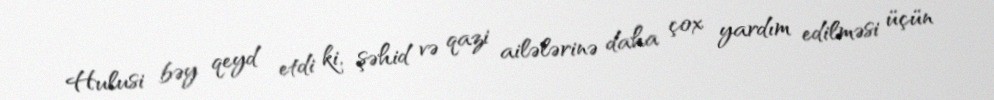
Hulusi bəy qeyd etdi ki, şəhid və qazi ailələrinə daha çox yardım edilməsi üçün